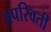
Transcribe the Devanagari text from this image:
अपरिवर्तीं